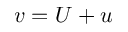
v = U + u